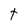
Character: t